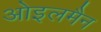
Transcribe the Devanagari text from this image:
ओइलमैन